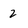
Character: 2